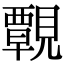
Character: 䚓